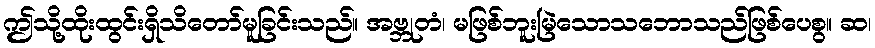
ဤသို့ထိုးထွင်းရှိသိတော်မူခြင်းသည်။ အဗ္ဘုတံ၊ မဖြစ်ဘူးမြဲသောသဘောသည်ဖြစ်ပေစွ။ ဆ၊